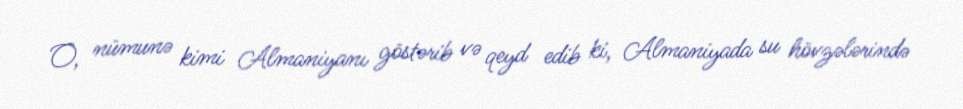
O, nümunə kimi Almaniyanı göstərib və qeyd edib ki, Almaniyada su hövzələrində